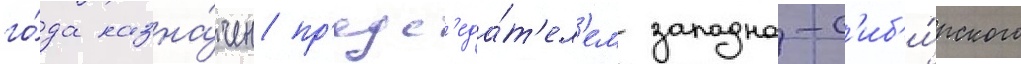
го́да назна́чен пр'едс'еда́т'ел'ем западно-с'иб'и́рского